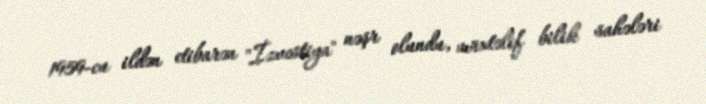
1959-cu ildən etibarən "İzvestiya" nəşr olundu, müxtəlif bilik sahələri